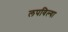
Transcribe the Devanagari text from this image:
लपविल्या